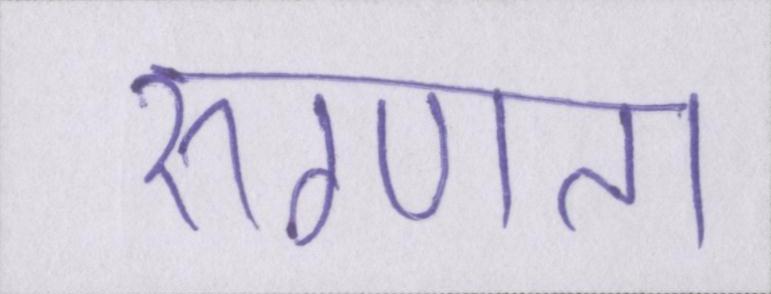
रुग्णता